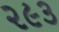
૨૯૩